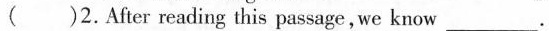
( )2.After reading this passage, we know ____________.